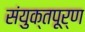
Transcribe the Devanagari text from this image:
संयुक्तपूर्ण